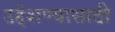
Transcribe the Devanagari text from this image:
उद्देशण्यासाठी